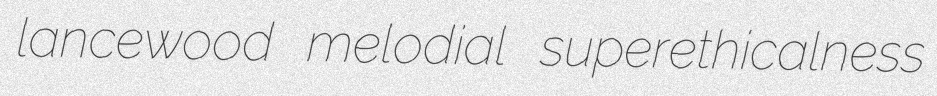
lancewood melodial superethicalness